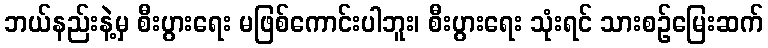
ဘယ်နည်းနဲ့မှ စီးပွားရေး မဖြစ်ကောင်းပါဘူး၊ စီးပွားရေး သုံးရင် သားစဉ်မြေးဆက်